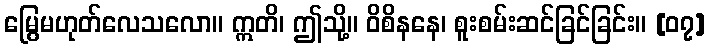
မြွေမဟုတ်လေသလော။ ဣတိ၊ ဤသို့။ ဝိစိနနေ၊ စူးစမ်းဆင်ခြင်ခြင်း။ [၀၇]